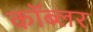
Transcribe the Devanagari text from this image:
कॉब्लर